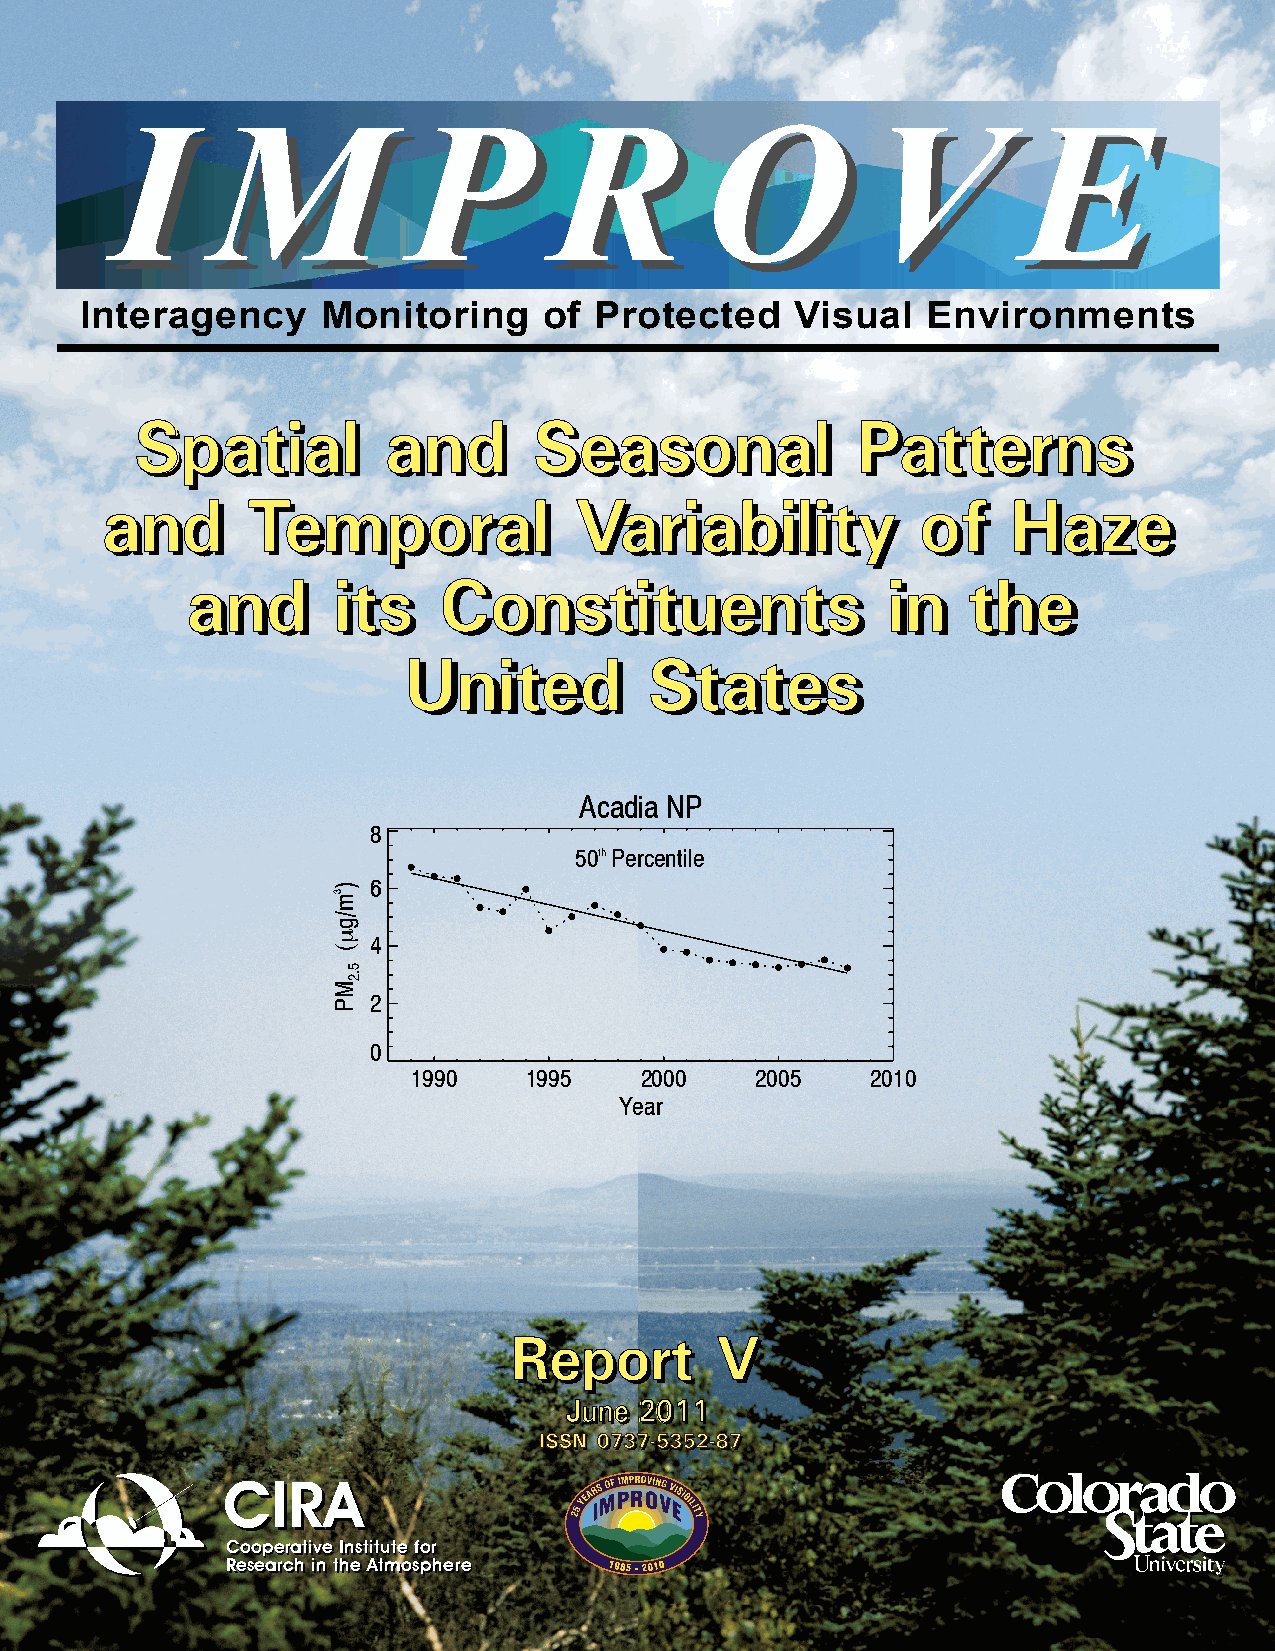
I      M            P        R          O         V          E
 I      M            P        R         O          V         E
 Interagency     Monitoring     of Protected     Visual  Environments
 SSppaattiiaall  aanndd    SSeeaassoonnaall      PPaatttteerrnnss
 aanndd   TTeemmppoorraall      VVaarriiaabbiilliittyy ooff  HHaazzee
 aanndd    iittss CCoonnssttiittuueennttss      iinn tthhee
 UUnniitteedd    SSttaatteess
 Acadia NP
 8
 50th Percentile
 6
 4
 2
 0
 1990    1995   2000    2005    2010
 Year
 RReeppoorrtt VV
 JJuunnee 22001111
 IISSSSNN 00773377--55335522--8877
 CCIIRRAA
 CCooooppeerraattiivvee IInnssttiittuuttee ffoorr
 RReesseeaarrcchh iinn tthhee AAttmmoosspphheerree
 )
 3m/gµ(
 MP
 5.2